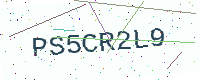
Text: PS5CR2L9